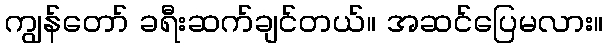
ကျွန်တော် ခရီးဆက်ချင်တယ်။ အဆင်ပြေမလား။